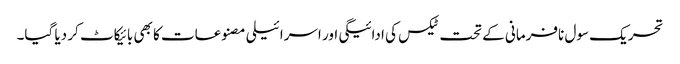
تحریک سول نافرمانی کے تحت ٹیکس کی ادائیگی اور اسرائیلی مصنوعات کا بھی بائیکاٹ کر دیا گیا۔